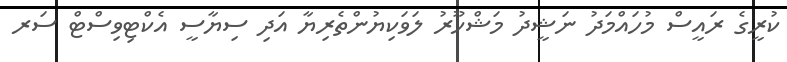
ކުރީގެ ރައީސް މުހައްމަދު ނަޝީދު މަޝްހޫރު ލަވަކިޔުންތެރިޔާ އަދި ސިޔާސީ އެކްޓިވިސްޓް ސަރ